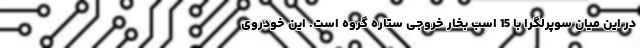
در این میان سوپرلگرا با 15 اسب بخار خروجی ستاره گروه است. این خودروی